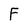
Character: F